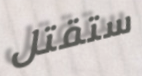
ستقتل